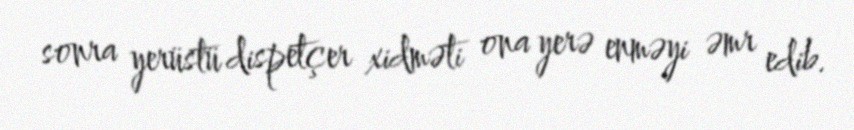
sonra yerüstü dispetçer xidməti ona yerə enməyi əmr edib.